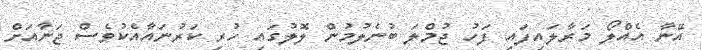
އޭނާ އެއްލޯ މަރާލައިފައި ފަހު ޖުމްލަ ބުނެލުމުން ލޮލުގައި ހުރި ކަރުނައާއެކުވެސް ޖަނާއަށް